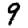
Digit: 9